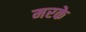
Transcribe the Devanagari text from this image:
मरके